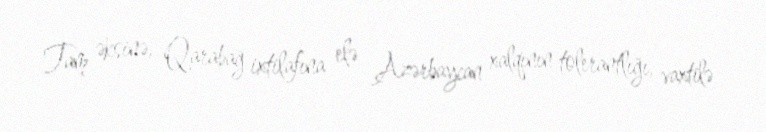
Tam əksinə, Qarabağ ixtilafına elə Azərbaycan xalqının tolerantlığı, vaxtilə